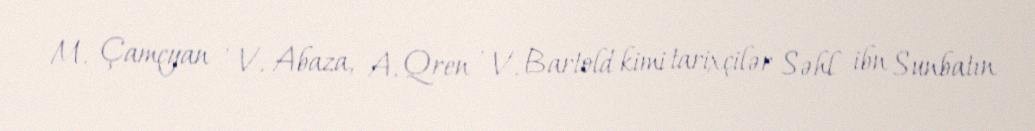
M. Çamçyan , V. Abaza, A. Qren , V. Bartold kimi tarixçilər Səhl ibn Sunbatın